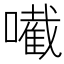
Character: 𡁶